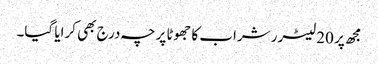
مجھ پر 20 لیٹرر شراب کا جھوٹا پرچہ درج بھی کرایا گیا۔